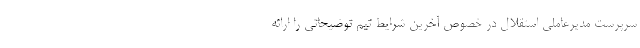
سرپرست مدیرعاملی استقلال در خصوص آخرین شرایط تیم توضیحاتی را ارائه